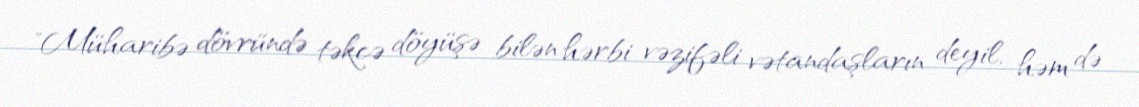
"Müharibə dövründə təkcə döyüşə bilən hərbi vəzifəli vətandaşların deyil, həm də